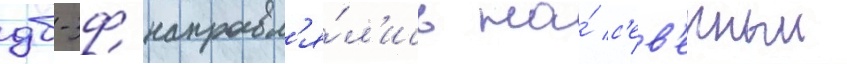
дб-3ф направл'я́л'ись на́ с'ев'ерныи